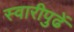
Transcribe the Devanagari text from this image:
स्वारीपुढें